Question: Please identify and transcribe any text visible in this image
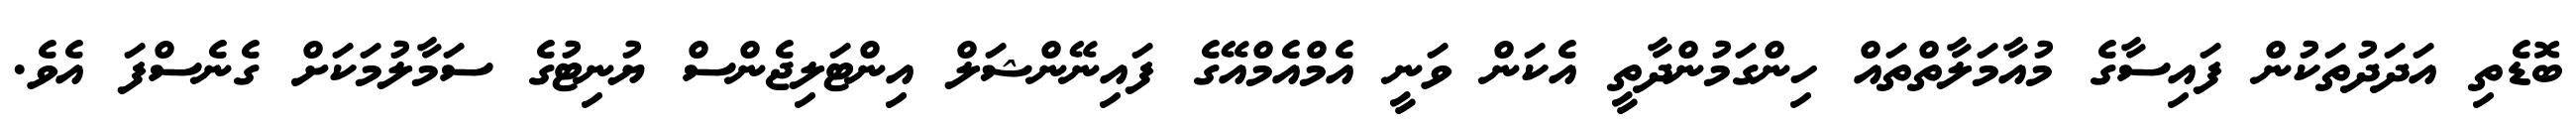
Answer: ބޮޑެތި އަދަދުތަކުން ފައިސާގެ މުއާމަލާތްތައް ހިންގަމުންދާތީ އެކަން ވަނީ އެމްއެމްއޭގެ ފައިނޭންޝަލް އިންޓަލިޖެންސް ޔުނިޓުގެ ސަމާލުމަކަށް ގެނެސްފަ އެވެ.